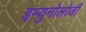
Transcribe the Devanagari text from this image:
इम्युनोलोजी